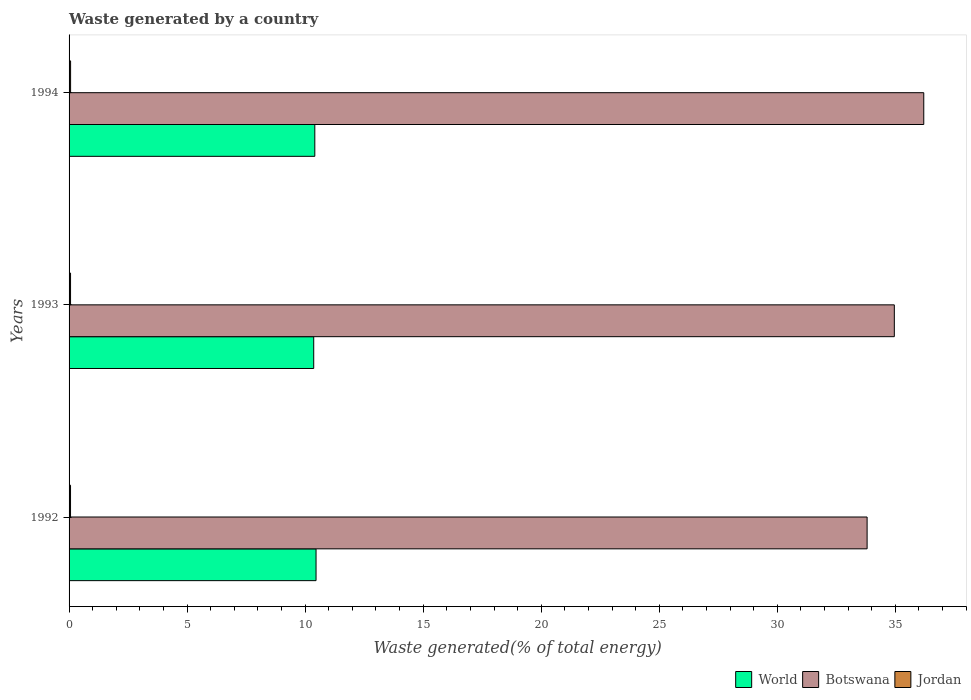
| Years | World | Botswana | Jordan |
 | --- | --- | --- | --- |
 | 1992 | 10.5 | 33.8 | 0.062 |
 | 1993 | 10.4 | 35 | 0.0626 |
 | 1994 | 10.4 | 36.2 | 0.0644 |